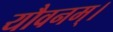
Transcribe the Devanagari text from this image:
यौवनम्।